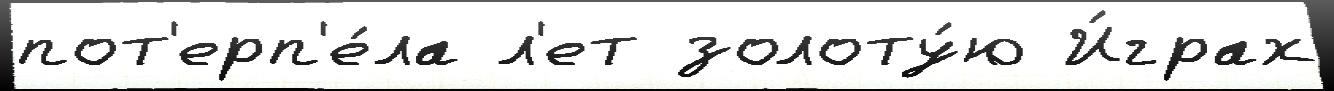
пот'ерп'е́ла л'ет золоту́ю И́грах